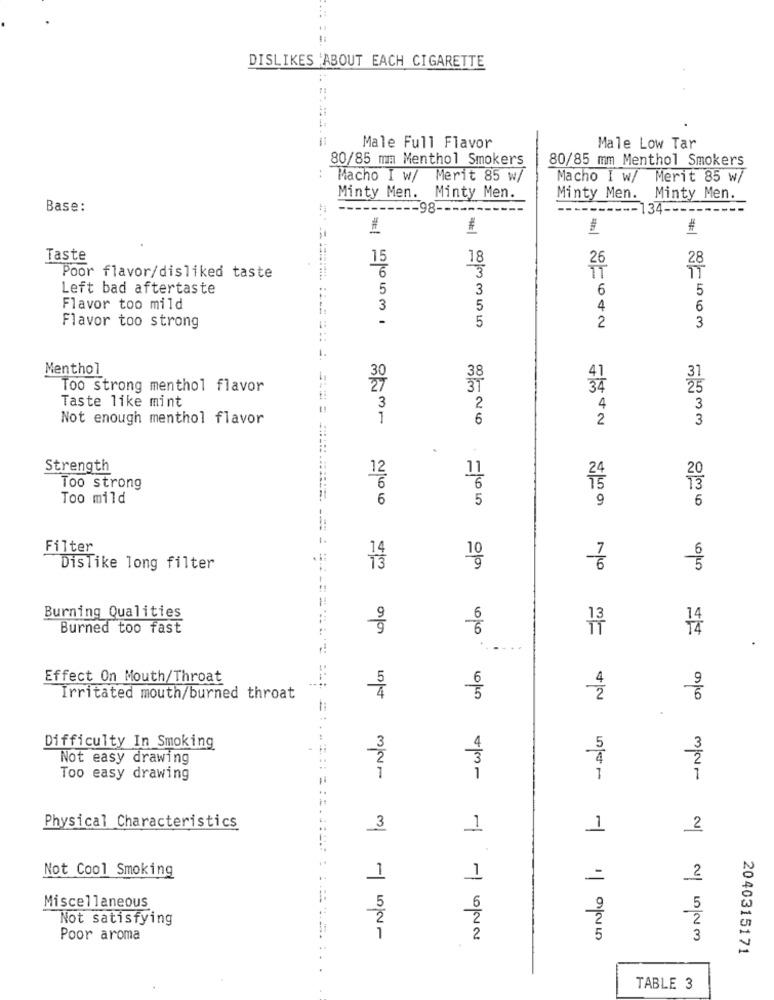
DISLIKES 'ABOUT EACH CIGARETTE
======
Male Full Flavor
Male Low Tar
80/85 mm Menthol Smokers
80/85 mm Menthol Smokers
Macho I w/ Merit 85 w/
Macho I w/ Merit 85 w/
Minty Men. Minty Men.
Minty Men. Minty Men.
Base:
-98-
134 --
1
#
#
#
Taste
15
18
26
6
3
Poor flavor/disliked taste
Left bad aftertaste
5
3
6
5
Flavor too mild
3
5
4
6
-
2
Flavor too strong
5
3
1.
Menthol
30
38
31
Too strong menthol flavor
34
25
Taste like mint
2
3
4
3
Not enough menthol flavor
1
6
2
3
.
Strength
12
11
24
Too strong
6
Too mild
6
5
9
6
Filter
DisTike long filter
0/0
Burning Qualities
Burned too fast
14
==
Effect On Mouth/Throat
Irritated mouth/burned throat
Difficulty In Smoking
5
Not easy drawing
Too easy drawing
1
Physical Characteristics
3
1
1
2
Not Cool Smoking
1
1
=
2
5
Miscellaneous
5
Not satisfying
2
Poor aroma
5
3
2040315171
TABLE 3